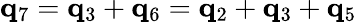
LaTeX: {\mathbf q}_{7}={\mathbf q}_{3}+{\mathbf q}_{6}={\mathbf q}_{2}+{\mathbf q}_{3}+{\mathbf q}_{5}